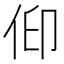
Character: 𠈟